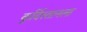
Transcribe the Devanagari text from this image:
कुर्दिस्तानला